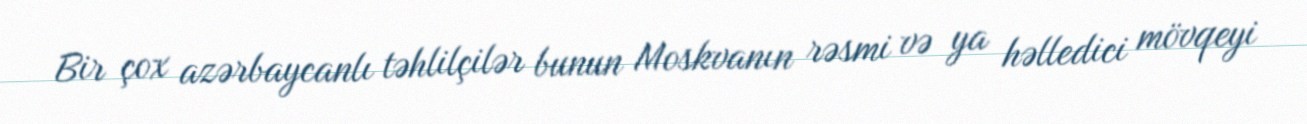
Bir çox azərbaycanlı təhlilçilər bunun Moskvanın rəsmi və ya həlledici mövqeyi